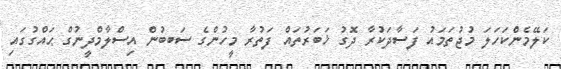
ކަލޭމެންކަހަލަ މުޖުތަމައު ފަސާދަކުރާ ދޮގު ޚަބަރުތައް ފަތުރާ މީހުންގެ ސަބބުން އިސްލާމްދީނުގް ޙައްގުގައި